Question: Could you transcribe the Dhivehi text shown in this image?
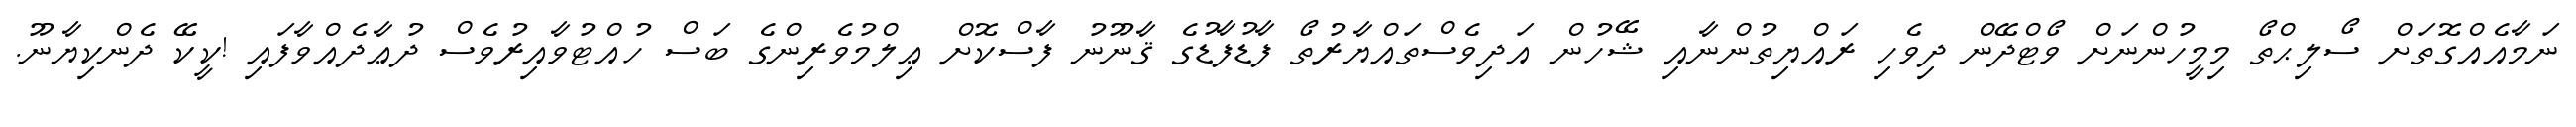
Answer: ނަމާއެއްގޮތަށް ސޯލިޙްތޯ މިމީހުންނަށް ވޯޓްދޭން ދިވެހި ރައްޔިތުންނާއި ޝޭހުން އަދިވެސްތައްޔާރުތޯ ފާޑުފާޑުގެ ޤާނޫނު ފާސްކޮށް ޢިލްމުވެރިންގެ ބަސް ހުއްޓުވާއިރުވެސް ދުޢާދެއްވާފައި !ކީކޭ ދެންކިޔާނޫ.